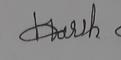
Signature authenticity: forged